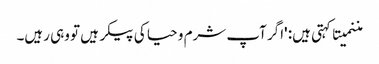
مننمیتا کہتی ہیں: 'اگر آپ شرم و حیا کی پیکر ہیں تو وہی رہیں۔